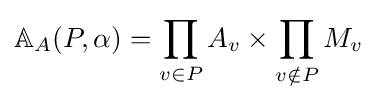
\mathbb {A} _{A}(P,\alpha )=\prod _{v\in P}A_{v}\times \prod _{v\notin P}M_{v}